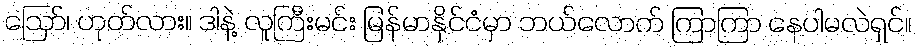
ဪ၊ ဟုတ်လား။ ဒါနဲ့ လူကြီးမင်း မြန်မာနိုင်ငံမှာ ဘယ်လောက် ကြာကြာ နေပါမလဲရှင်။